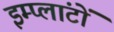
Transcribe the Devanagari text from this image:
इम्प्लांटों